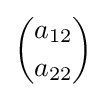
{\binom {a_{12}}{a_{22}}}